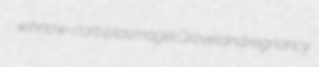
winnow-corb plasmagel Groveland regnancy